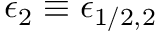
\epsilon _ { 2 } \equiv \epsilon _ { 1 / 2 , 2 }